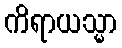
ကိရာယသ္မာ